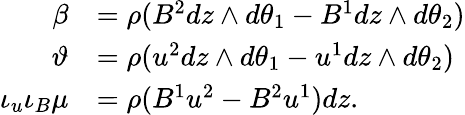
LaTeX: \begin{array}{rl}{\beta}&{=\rho(B^{2}dz\wedge d\theta_{1}-B^{1}dz\wedge d\theta_{2})}\\ {\vartheta}&{=\rho(u^{2}dz\wedge d\theta_{1}-u^{1}dz\wedge d\theta_{2})}\\ {\iota_{u}\iota_{B}\mu}&{=\rho(B^{1}u^{2}-B^{2}u^{1})dz.}\end{array}